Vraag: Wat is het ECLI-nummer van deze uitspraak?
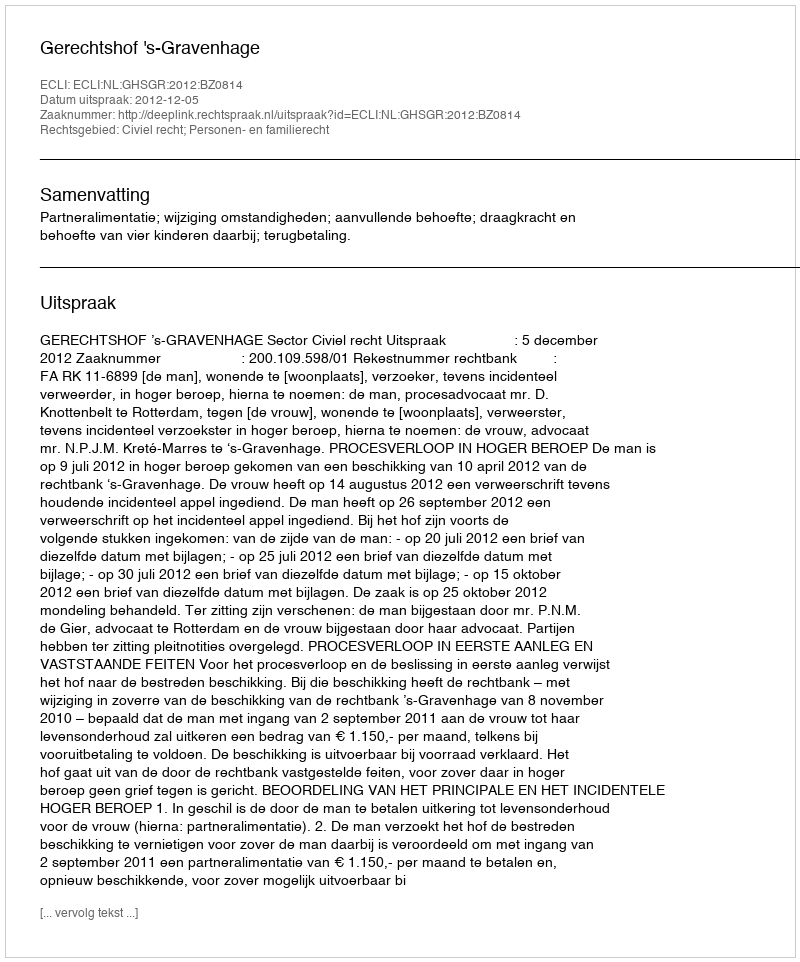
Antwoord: ECLI:NL:GHSGR:2012:BZ0814